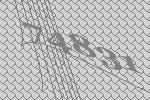
74831